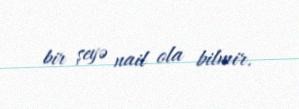
bir şeyə nail ola bilmir.